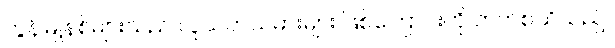
ကွန်မြူနစ်များသည် လူသတ်သမားများ ဖြစ်ကြောင်းကို တက်စသိသည်။